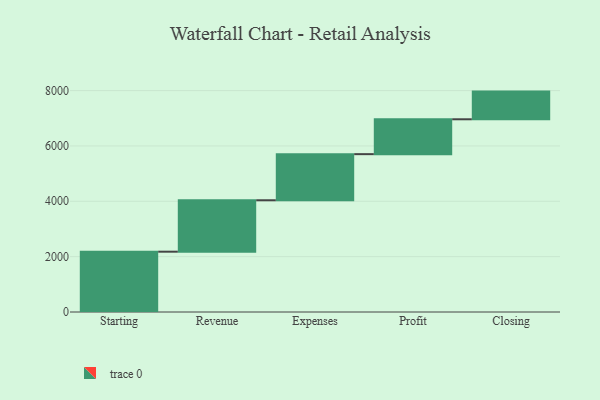
{"axis": {"x": "Step", "y": "Value"}, "legend": [""], "data": [{"x": "Starting", "y": 2179.0, "type": ""}, {"x": "Revenue", "y": 1858.0, "type": ""}, {"x": "Expenses", "y": 1666.0, "type": ""}, {"x": "Profit", "y": 1260.0, "type": ""}, {"x": "Closing", "y": 1000, "type": ""}]}